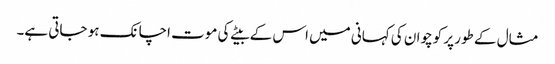
مثال کے طور پر کوچوان کی کہانی میں اس کے بیٹے کی موت اچانک ہو جاتی ہے۔